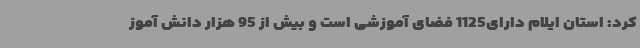
کرد: استان ایلام دارای1125 فضای آموزشی است و بیش از 95 هزار دانش آموز